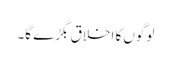
لوگوں کا اخلاق بگڑے گا۔